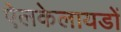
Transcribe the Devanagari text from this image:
ऐलकेलायडों